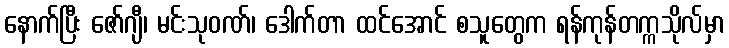
နောက်ပြီး ဇော်ဂျီ၊ မင်းသုဝဏ်၊ ဒေါက်တာ ထင်အောင် စသူတွေက ရန်ကုန်တက္ကသိုလ်မှာ